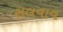
સલવાવ